Civil Veterinary Department. Central Provinces & Berar 1925-31 - 1925-1931
Year: 1925
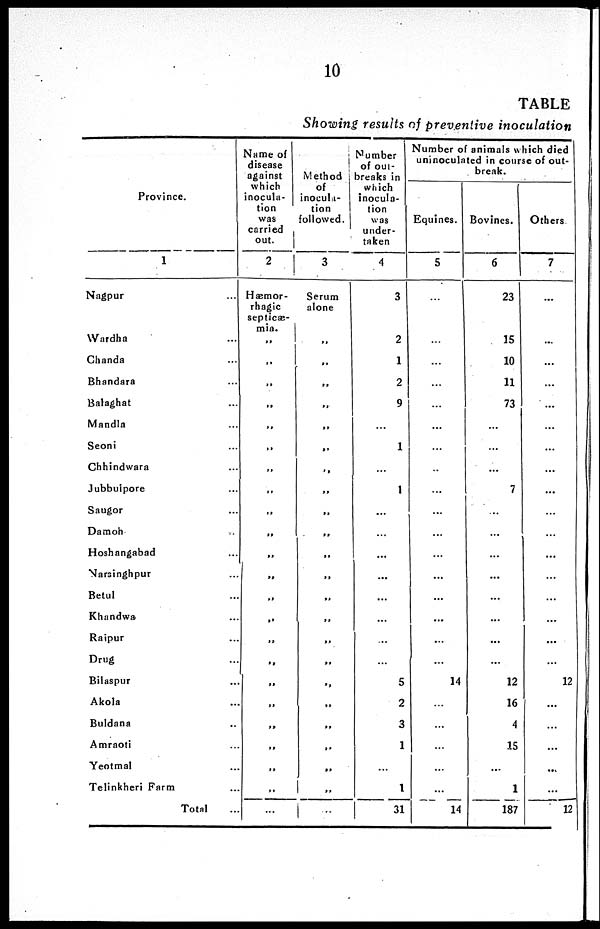
10
TABLE
Showing results of preventive inoculation
Province.
1
Nagpur ...
Wardha ...
Chanda ...
Bhandara ...
Balaghat ...
Mandla ...
Seoni ...
Ghhindwara ...
Jubbuipore ...
Saugor ...
Damoh ...
Hoshangabad ...
Narsinghpur ...
Betul ...
Khandwa ...
Raipur ...
Drug ...
Bilaspur ...
Akola ...
Buldana ...
Amraoti ...
Yeotmal ...
Telinkheri Farm ...
Total ...
Name of
disease
against
which
inocula-
tion
was
carried
out.
2
Hæmor-
rhagic
septicæ-
mia.
„
„
„
„
„
„
„
„
„
„
„
„
„
„
„
„
„
„
„
„
„
„
...
Method
of
inocula-
tion
followed.
3
Serum
alone
„
„
„
„
„
„
„
„
„
„
„
„
„
„
„
„
„
„
„
„
„
„
...
Number
of out-
breaks in
which
inocula-
tion
was
under-
taken
4
3
2
1
2
9
...
1
...
1
...
...
...
...
...
...
...
...
5
2
3
1
...
1
31
Number of animals which died
uninoculated in course of out-
break.
Equines.
5
...
...
...
...
...
...
...
...
...
...
...
...
...
...
...
...
...
14
...
...
...
...
...
14
Bovines.
6
23
15
10
11
73
...
...
...
7
...
...
...
...
...
...
...
...
12
16
4
15
...
1
187
Others
7
...
...
...
...
...
...
...
...
...
...
...
...
...
...
...
...
12
...
...
...
...
...
12